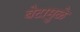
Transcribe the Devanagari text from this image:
बेटामुळे